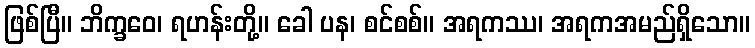
ဖြစ်ပြီ။ ဘိက္ခဝေ၊ ရဟန်းတို့။ ခေါ ပန၊ စင်စစ်။ အရကဿ၊ အရကအမည်ရှိသော။